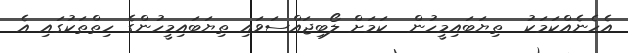
އެހެނެއްކަމަކު  ތިޔަބައިމީހުން  ކަމަށް ލޯބިޖައްސަވައި ތިޔަބައިމީހުންގެ ހިތްތަކުގައި އެ